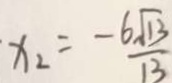
x _ { 2 } = - \frac { 6 \sqrt { 1 3 } } { 1 3 }